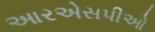
આરએસપીઓ